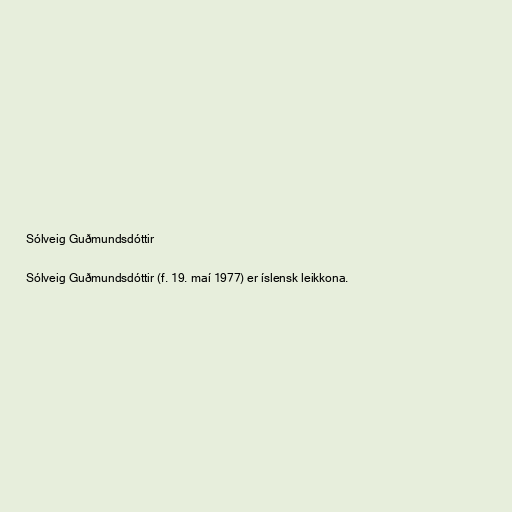
Sólveig Guðmundsdóttir

Sólveig Guðmundsdóttir (f. 19. maí 1977) er íslensk leikkona.